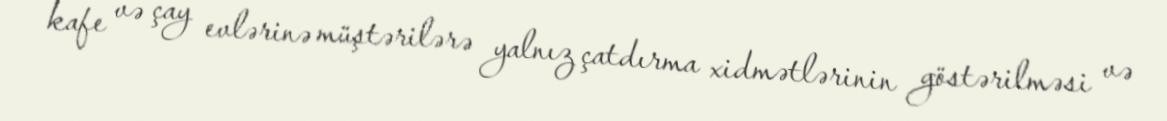
kafe və çay evlərinə müştərilərə yalnız çatdırma xidmətlərinin göstərilməsi və